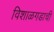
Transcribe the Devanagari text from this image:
विशाळगडाची